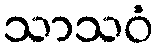
သာသဝံ